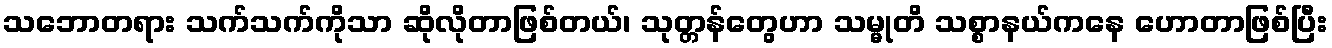
သဘောတရား သက်သက်ကိုသာ ဆိုလိုတာဖြစ်တယ်၊ သုတ္တန်တွေဟာ သမ္မုတိ သစ္စာနယ်ကနေ ဟောတာဖြစ်ပြီး